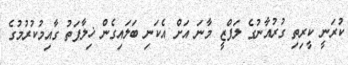
ކުރަނީ ކީރިތި ގުރުއާނުގެ ލަފްޒީ މާނަ އަށް އެކަނި ބަލައިގެން ޚިލާފަތު ގާއިމުކުރުމުގެ